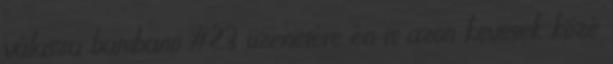
válasza bambano #23 üzenetére én is azon kevesek közé